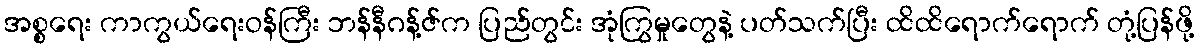
အစ္စရေး ကာကွယ်ရေးဝန်ကြီး ဘန်နီဂန့်ဇ်က ပြည်တွင်း အုံကြွမှုတွေနဲ့ ပတ်သက်ပြီး ထိထိရောက်ရောက် တုံ့ပြန်ဖို့